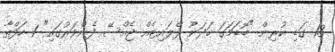
13 ގަޑި ކުރިން "ބޮޑަމަގަ ހަަދަނޫ ފްލައިޓެއް ޖެއްސޭ ފެންވަރުގައި" 1 ހަފްތާ